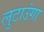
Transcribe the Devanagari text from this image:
लुटाउंगा